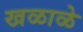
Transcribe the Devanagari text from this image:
खळाळे